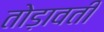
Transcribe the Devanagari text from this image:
तोड़ावती